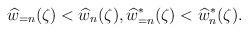
LaTeX: \begin{align*} \widehat{w}_{=n}(\zeta)<\widehat{w}_{n}(\zeta), \widehat{w}_{=n}^{\ast}(\zeta)<\widehat{w}_{n}^{\ast}(\zeta).\end{align*}